Report of the Bombay Veterinary College
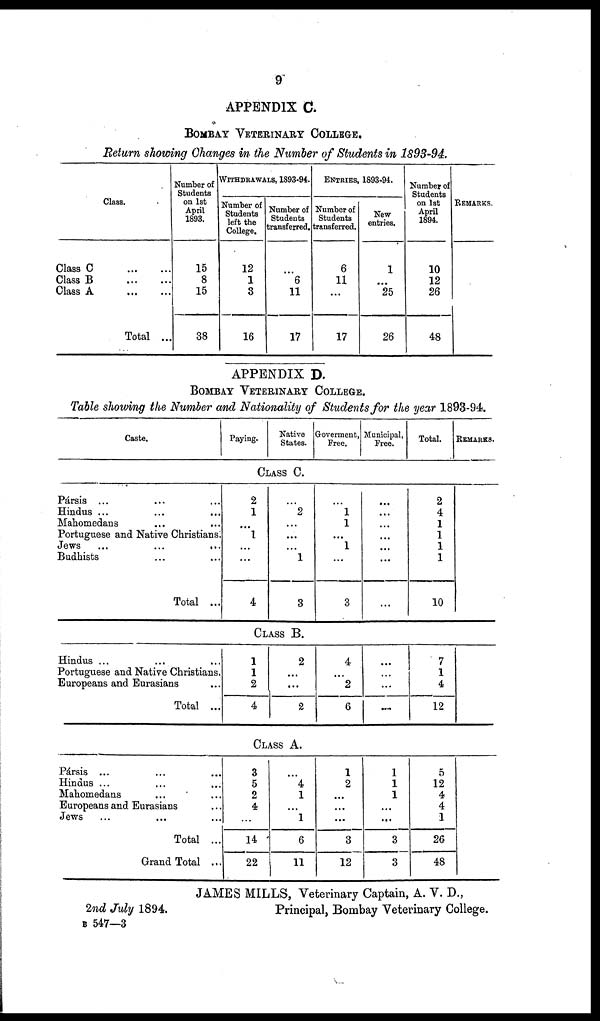
9
APPENDIX C.
BOMBAY VETERINARY COLLEGE.
Return showing Changes in the Number of Students in 1893-94.
Class.
Class
C
...
...
Class B
...
...
Class A
...
...
Total ...
Number of
Students
on 1st
April
1893.
15
8
15
38
WITHDRAWALS, 1893-94.
1893
Number of
12
1
3
16
...
6
11
17
ENTRIES,
Number of
Students
transferred.
6
11
...
17
1893-94.
New
entries.
1
...
25
26
Number of
Students
on 1st
April
1894.
10
12
26
48
REMARKS.
APPENDIX D.
BOMBAY VETERINARY COLLEGE.
Table showing the Number and Nationality of Students for the year 1893-94.
Caste.
Pársis ...
Hindus ...
Mahomedans
Portuguese and Native Christians.
Jews ...
...
...
Budhists
Total ...
Hindus ...
Portuguese and Native Christians.
Europeans and Eurasians
Total ...
Pársis ...
Hindus ...
Mahomedans
Europeans and Eurasians
Jews
Total ...
Grand Total ...
Paying.
Native
States.
CLASS C.
2
1
1
4
2
1
3
CLASS B.
1
1
2
4
2
...
2
CLASS A.
3
5
2
4
14
22
...
4
1
...
1 6
11
Goverment,
Free.
1
1
1
3
4
2
6
1
2
...
...
...
3
12
Municipal,
Free.
...
...
...
...
1
1
1
...
...
3
3
Total.
2
4
1
1
1
1
10
7
1
4
12
REMARKS.
5
12
4
4
1
26
48
JAMES MILLS, Veterinary Captain, A. V. D.,
2nd July 1894.
Principal, Bombay Veterinary College.
B 547—3